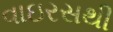
વાઇરસથી